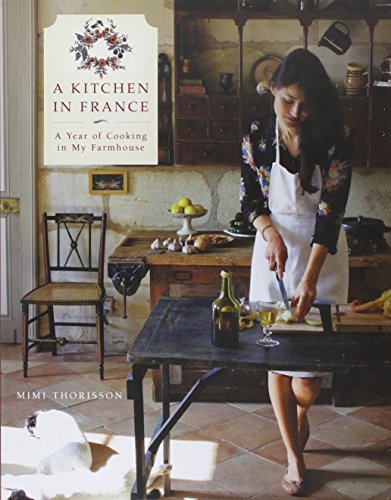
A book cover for A Kitchen in France: A Year of Cooking in My Farmhouse; Mimi Thorisson; Cookbooks, Food & Wine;